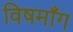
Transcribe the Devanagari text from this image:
विषमाँग